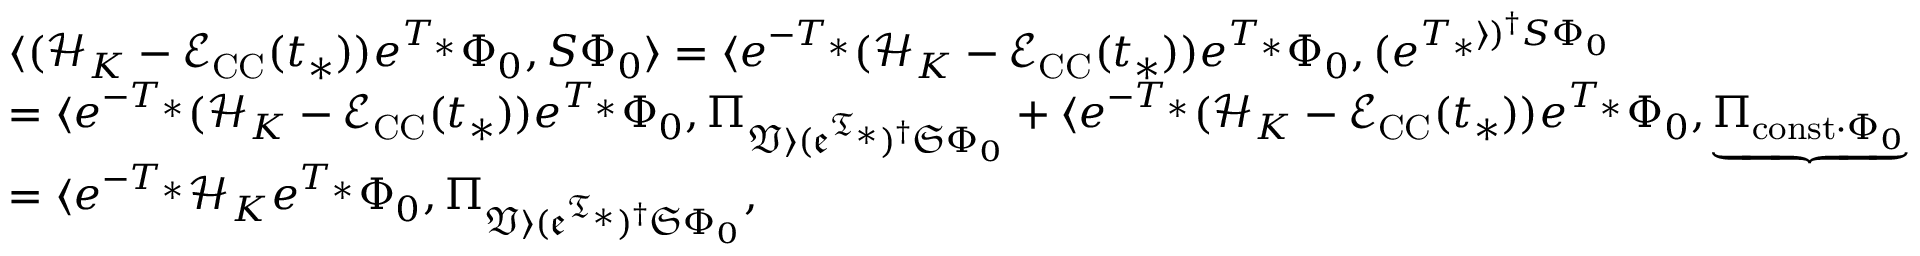
\begin{array} { r l } & { \langle ( \mathcal { H } _ { K } - \mathcal { E } _ { \mathrm { C C } } ( t _ { * } ) ) e ^ { T _ { * } } \Phi _ { 0 } , S \Phi _ { 0 } \rangle = \langle e ^ { - T _ { * } } ( \mathcal { H } _ { K } - \mathcal { E } _ { \mathrm { C C } } ( t _ { * } ) ) e ^ { T _ { * } } \Phi _ { 0 } , ( e ^ { T _ { * } \rangle ) ^ { \dag } S \Phi _ { 0 } } } \\ & { = \langle e ^ { - T _ { * } } ( \mathcal { H } _ { K } - \mathcal { E } _ { \mathrm { C C } } ( t _ { * } ) ) e ^ { T _ { * } } \Phi _ { 0 } , \Pi _ { \mathfrak { V \rangle ( e ^ { T _ { * } } ) ^ { \dag } S \Phi _ { 0 } } } + \langle e ^ { - T _ { * } } ( \mathcal { H } _ { K } - \mathcal { E } _ { \mathrm { C C } } ( t _ { * } ) ) e ^ { T _ { * } } \Phi _ { 0 } , \underbrace { \Pi _ { \mathrm { c o n s t } \cdot \Phi _ { 0 } } } } \\ & { = \langle e ^ { - T _ { * } } \mathcal { H } _ { K } e ^ { T _ { * } } \Phi _ { 0 } , \Pi _ { \mathfrak { V \rangle ( e ^ { T _ { * } } ) ^ { \dag } S \Phi _ { 0 } } } , } \end{array}